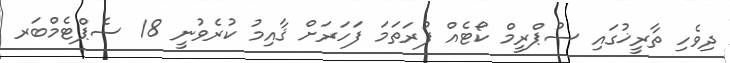
ދިވެހި ތާރީޚުގައި ސުޕްރީމް ކޯޓެއް ފުރަތަމަ ފަހަރަށް ޤާއިމު ކުރެވުނީ 18 ސެޕްޓެމްބަރ